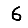
Digit: 6